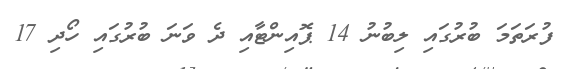
ފުރަތަމަ ބުރުގައި ލިބުނު 14 ޕޮއިންޓާއި ދެ ވަނަ ބުރުގައި ހޯދި 17